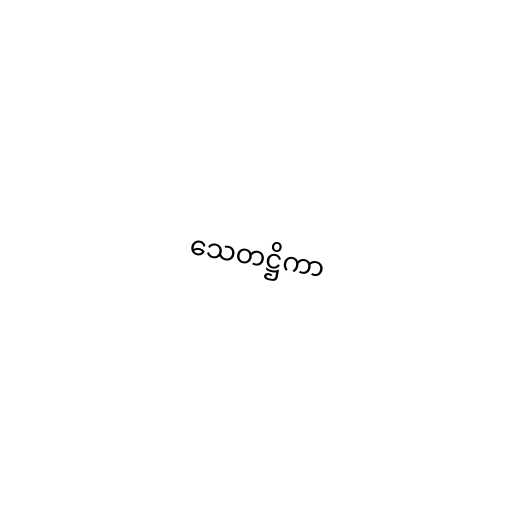
သေတဋ္ဌိကာ